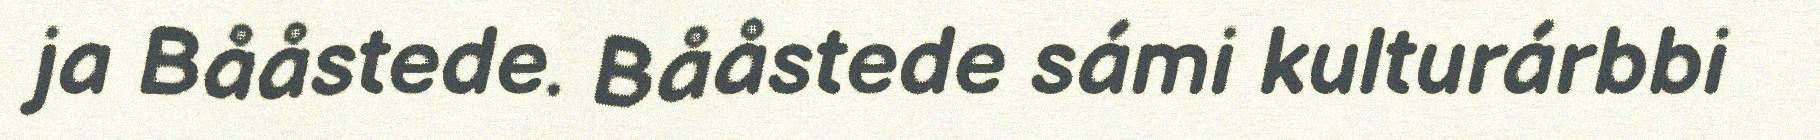
ja Bååstede. Bååstede sámi kulturárbbi